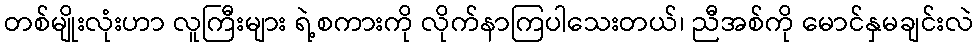
တစ်မျိုးလုံးဟာ လူကြီးများ ရဲ့စကားကို လိုက်နာကြပါသေးတယ်၊ ညီအစ်ကို မောင်နှမချင်းလဲ